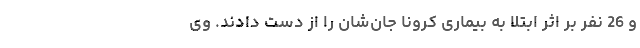
و 26 نفر بر اثر ابتلا به بیماری کرونا جان‌شان را از دست دادند. وی